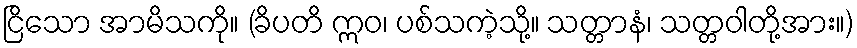
ငြိသော အာမိသကို။ (ခိပတိ ဣဝ၊ ပစ်သကဲ့သို့။ သတ္တာနံ၊ သတ္တဝါတို့အား။)